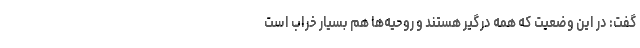
گفت: در این وضعیت که همه درگیر هستند و روحیه‌ها هم بسیار خراب است